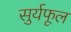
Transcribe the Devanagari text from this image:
सुर्यफूल